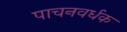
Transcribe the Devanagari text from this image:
पाचनवर्धक